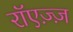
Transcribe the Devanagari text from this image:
रॉएज़्ज़